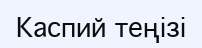
Каспий теңізі